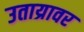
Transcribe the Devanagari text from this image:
उताय्रावर